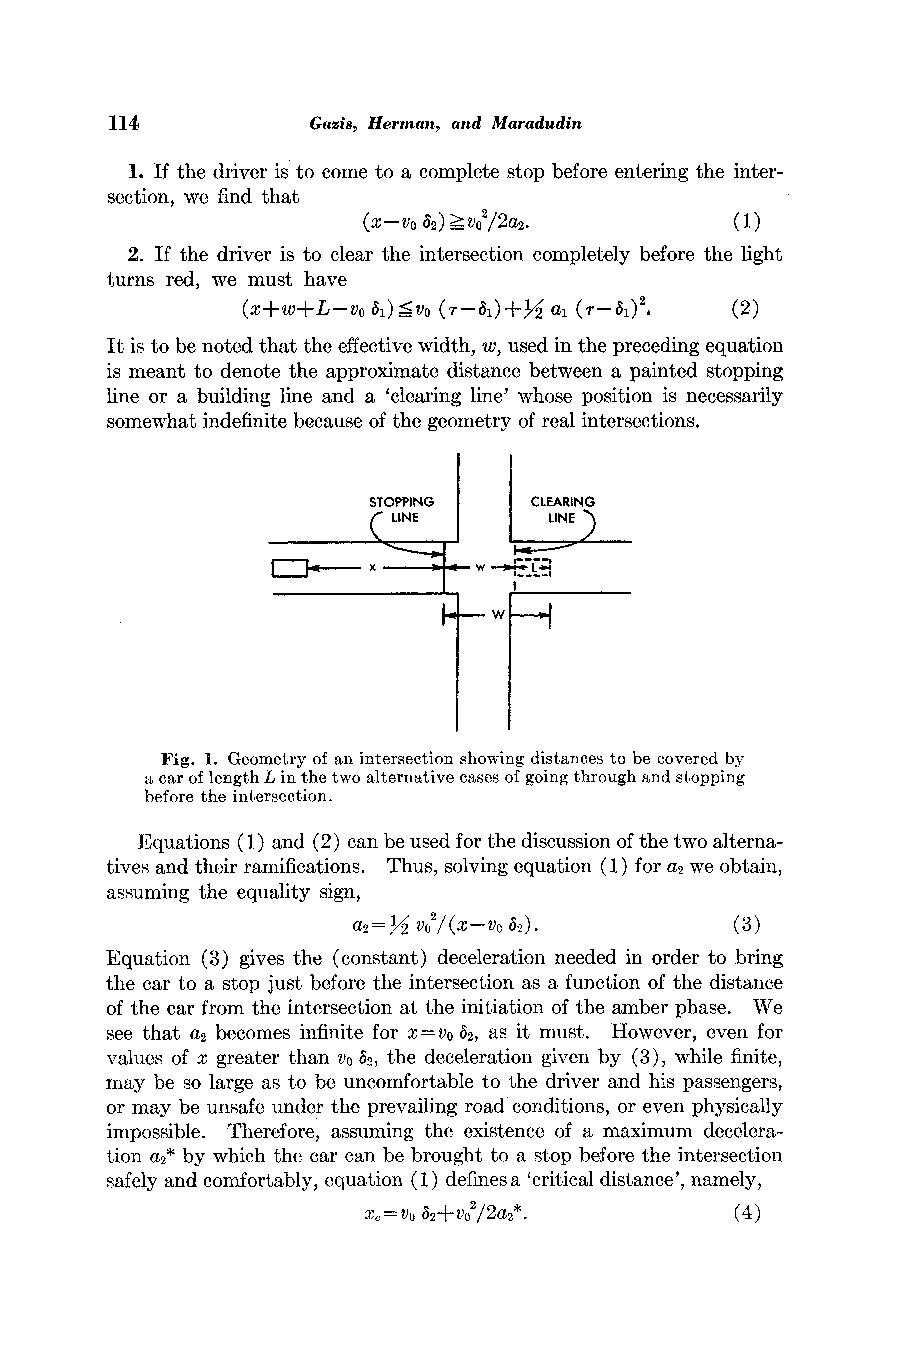
114          Gazis, Herman, and Maradudin
 1. If the driver is to come to a complete stop before entering the inter-
 section, we find that
 (X-v0 82) _vo2/2a2.      (1)
 2. If the driver is to clear the intersection completely before the light
 turns red, we must have
 (x+w+L-vo 81) ?vo (r-l)+12 a, (8_61)2. (2)
 It is to be noted that the effective width, w, used in the preceding equation
 is meant to denote the approximate distance between a painted stopping
 line or a building line and a 'clearing line' whose position is necessarily
 somewhat indefinite because of the geometry of real intersections.
 STOPPING   CLEARING
 LINE      LINE
 x      I--w-L
 w
 Fig. 1. Geometry of an intersection showing distances to be covered by
 a car of length L in the two alternative cases of going through and stopping
 before the intersection.
 Equations (1) and (2) can be used for the discussion of the two alterna-
 tives and their ramifications. Thus, solving equation (1) for a2 we obtain,
 assuming the equality sign,
 a2=2 V02/(X-Vo 62).       (3)
 Equation (3) gives the (constant) deceleration needed in order to bring
 the car to a stop just before the intersection as a function of the distance
 of the car from the intersection at the initiation of the amber phase. We
 see that a2 becomes infinite for x -vVO 62, as it must. However, even for
 values of x greater than vO6 2, the deceleration given by (3), while finite,
 may be so large as to be uncomfortable to the driver and his passengers,
 or may be unsafe under the prevailing road conditions, or even physically
 impossible. Therefore, assuming the existence of a maximum decelera-
 tion a2* by which the car can be brought to a stop before the intersection
 safely and comfortably, equation (1) defines a 'critical distance', namely,
 xc= vo 2+v02/2a2*.       (4)